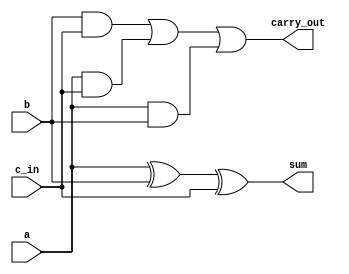
`timescale 1ns / 1ps
//////////////////////////////////////////////////////////////////////////////////
// Company: 
// Engineer: 
// 
// Design Name: 
// Module Name: full_adder
// Project Name: 
// Target Devices: 
// Tool Versions: 
// Description: 
// 
// Dependencies: 
// 
// Revision:
// Revision 0.01 - File Created
// Additional Comments:
// 
//////////////////////////////////////////////////////////////////////////////////


module full_adder(
    input a,b,c_in,
    output sum,carry_out
    );
assign sum=a^b^c_in;
assign carry_out=(b&c_in)|(a&c_in)|(a&b);
endmodule